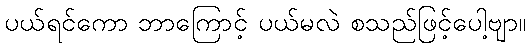
ပယ်ရင်ကော ဘာကြောင့် ပယ်မလဲ စသည်ဖြင့်ပေါ့ဗျာ။